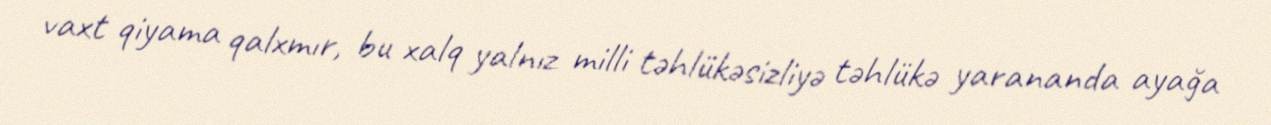
vaxt qiyama qalxmır, bu xalq yalnız milli təhlükəsizliyə təhlükə yarananda ayağa